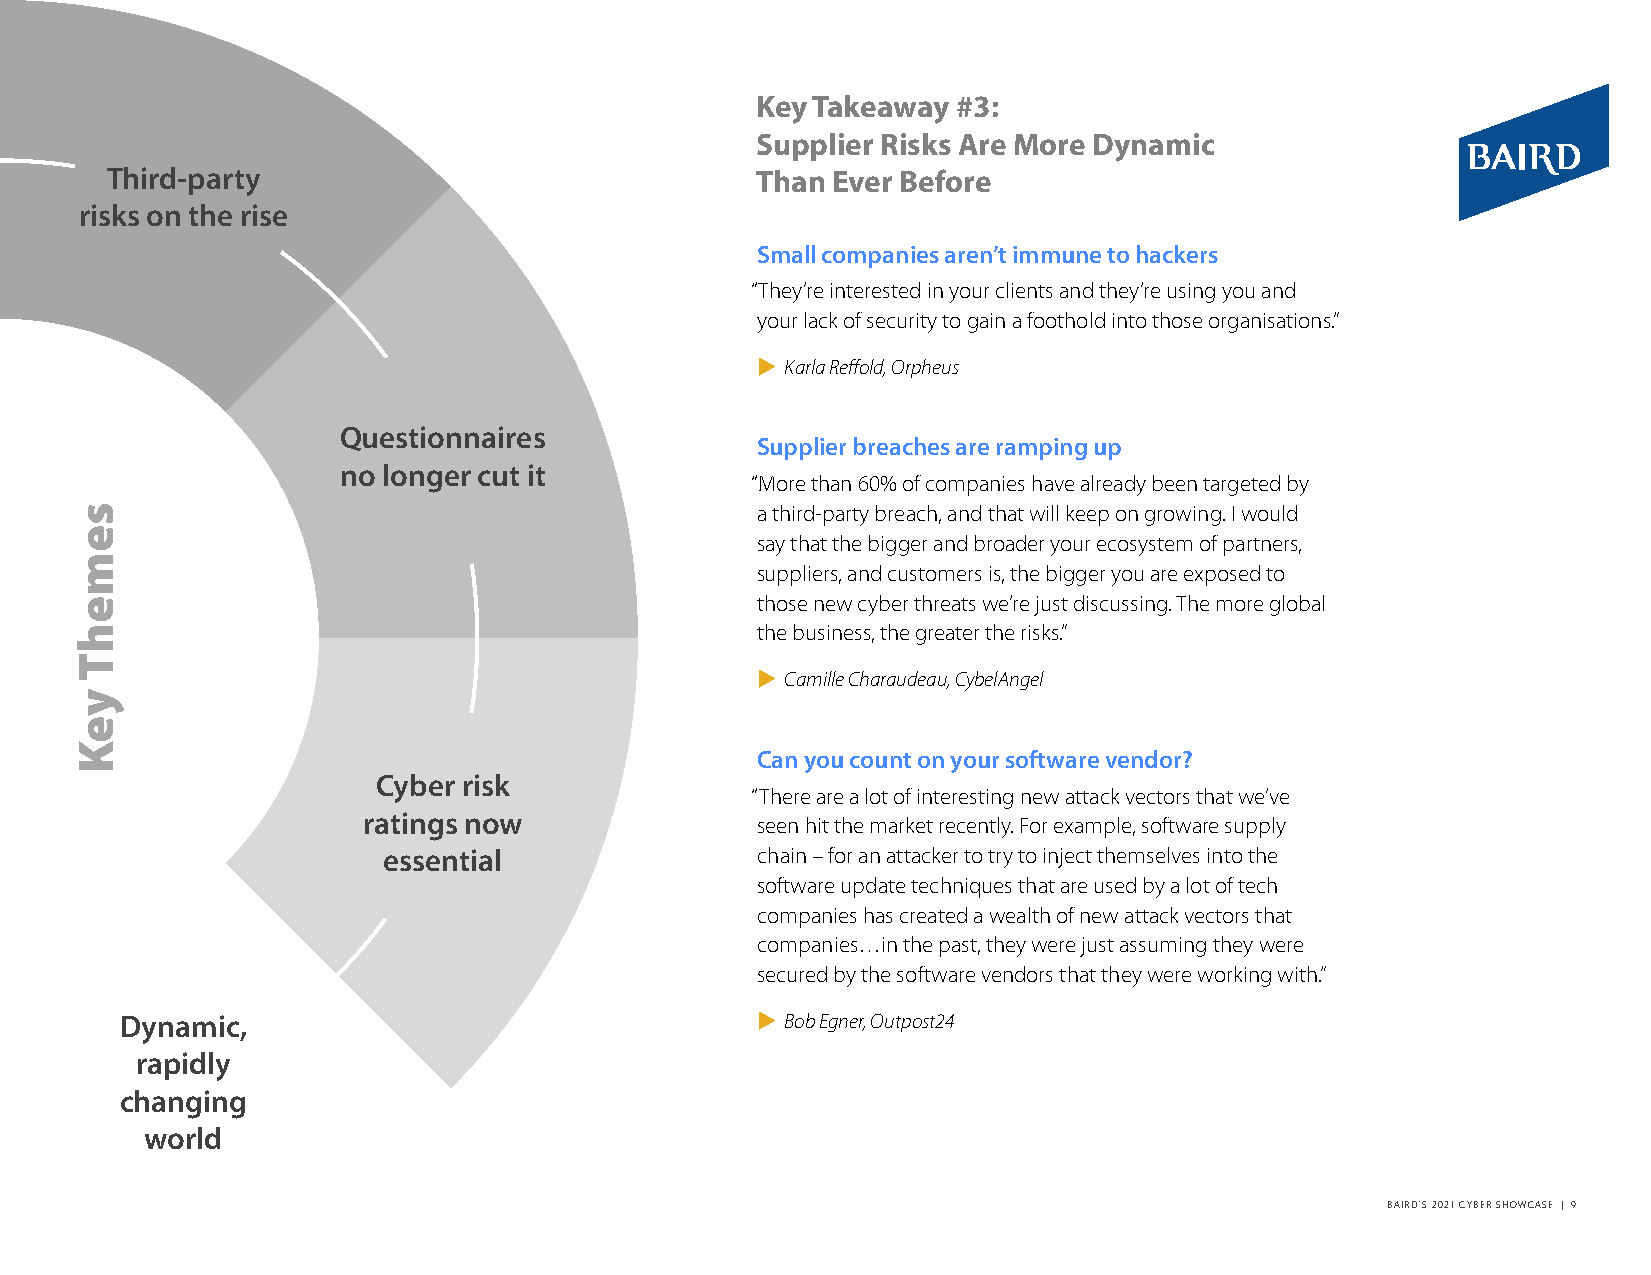
Key Takeaway #3:
 Supplier Risks Are More Dynamic
 Third-party                                Than Ever Before
 risks on the rise
 Small companies aren’t immune to hackers
 “They’re interested in your clients and they’re using you and
 your lack of security to gain a foothold into those organisations.”
  Karla Reffold, Orpheus
 Questionnaires
 Supplier breaches are ramping up
 no longer cut it
 “More than 60% of companies have already been targeted by
 a third-party breach, and that will keep on growing. I would
 say that the bigger and broader your ecosystem of partners,
 suppliers, and customers is, the bigger you are exposed to
 those new cyber threats we’re just discussing. The more global
 the business, the greater the risks.”
  Camille Charaudeau, CybelAngel
 Can you count on your software vendor?
 Cyber risk
 “There are a lot of interesting new attack vectors that we’ve
 ratings now               seen hit the market recently. For example, software supply
 essential                chain – for an attacker to try to inject themselves into the
 software update techniques that are used by a lot of tech
 companies has created a wealth of new attack vectors that
 companies…in the past, they were just assuming they were
 secured by the software vendors that they were working with.”
 Dynamic,                                   Bob Egner, Outpost24
 rapidly
 changing
 world
 BAIRD’S 2021 CYBER SHOWCASE | 9
 semehT
 yeK